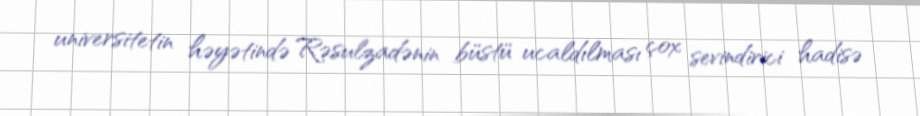
universitetin həyətində Rəsulzadənin büstü ucaldılması çox sevindirici hadisə